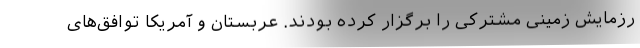
رزمایش زمینی مشترکی را برگزار کرده بودند. عربستان و آمریکا توافق‌های